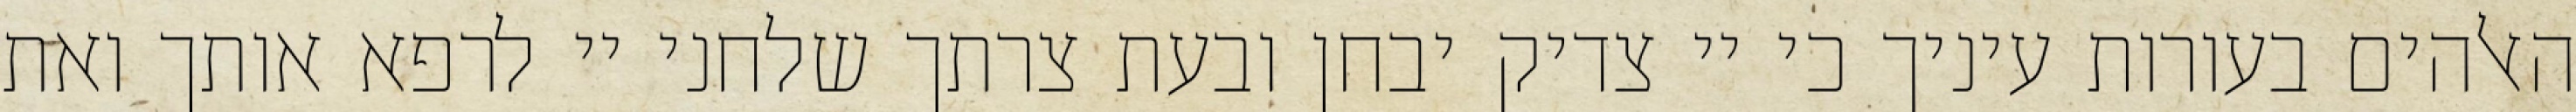
האלהים בעורות עיניך כי יי צדיק יבחן ובעת צרתך שלחני יי לרפא אותך ואת